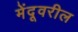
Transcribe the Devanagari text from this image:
मेंदूवरील